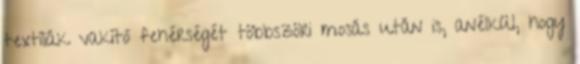
textíliák vakító fehérségét többszöri mosás után is, anélkül, hogy